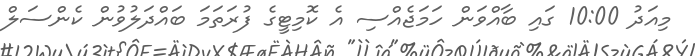
މިއަދު 10:00 ގައި ބާއްވަން ހަމަޖެއްސި އެ ކޮމިޓީގެ ފުރަތަމަ ބައްދަލުވުން ކެންސަލް